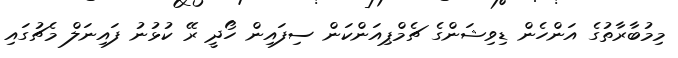
މިމުބާރާތުގެ އަންހެން ޑިވިޝަންގެ ޗެމްޕިއަންކަން ސިފައިން ހޯދީ ރޭ ކުޅުނު ފައިނަލް މެޗުގައި